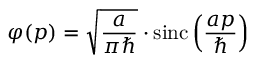
\varphi ( p ) = { \sqrt { \frac { a } { \pi \hbar } } } \cdot \operatorname { s i n c } \left( { \frac { a p } { \hbar } } \right)